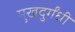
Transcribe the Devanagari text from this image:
मुखदुर्गंधी